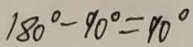
1 8 0 ^ { \circ } - 9 0 ^ { \circ } = 9 0 ^ { \circ }